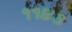
૧૧૪૩